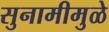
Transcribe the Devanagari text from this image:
सुनामीमुळे